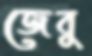
জেবু